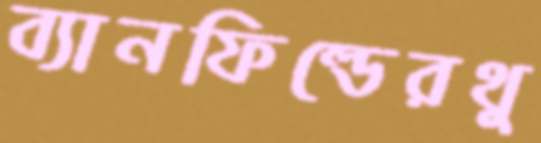
ব্যানফিল্ডেরথু